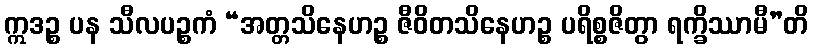
ဣဒဉ္စ ပန သီလပဉ္စကံ “အတ္တသိနေဟဉ္စ ဇီဝိတသိနေဟဉ္စ ပရိစ္စဇိတွာ ရက္ခိဿာမီ”တိ